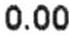
0.00